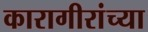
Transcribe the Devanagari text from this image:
कारागीरांच्या